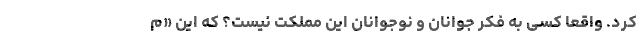
کرد. واقعا کسی به فکر جوانان و نوجوانان این مملکت نیست؟ که این «م